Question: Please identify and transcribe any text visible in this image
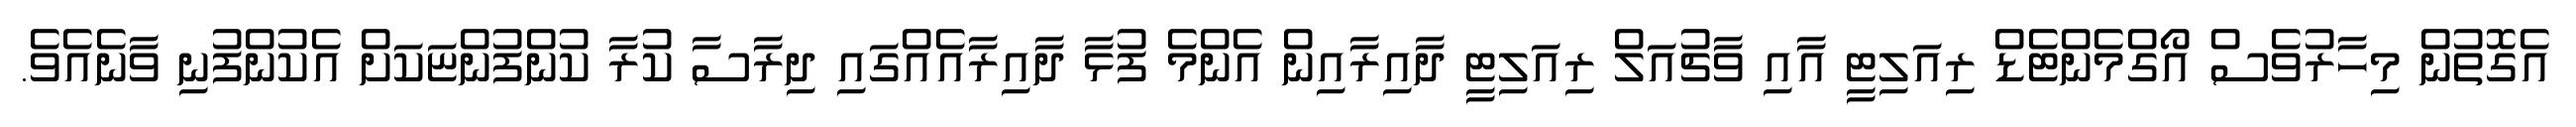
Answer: އެގޮތުން މިހާރުވެސް އޯގްމެންޓެޑް ރިއަލިޓީ އާއި ވާޗުއަލް ރިއަލިޓީ ދާއިރާއިން އެންމެ ފުޅާ ދާއިރާއެއްގައި ދިރާސާ ކުރާ ކުންފުންޏަކަށް އެކުންފުނި ވާނެއެވެ.